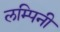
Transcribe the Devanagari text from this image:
लम्पिनी